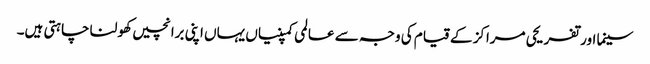
سینما اور تفریحی مراکز کے قیام کی وجہ سے عالمی کمپنیاں یہاں اپنی برانچیں کھولنا چاہتی ہیں۔